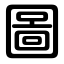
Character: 圖